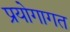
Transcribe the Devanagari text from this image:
प्रयोगागत